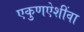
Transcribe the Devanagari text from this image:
एकुणऐशींवा